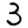
Digit: 3